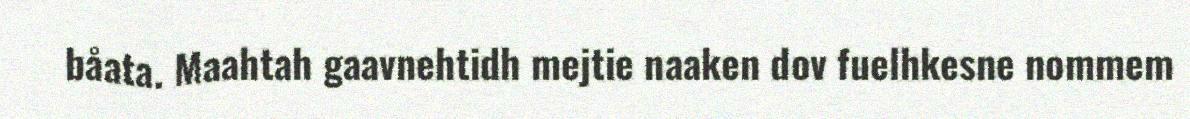
båata. Maahtah gaavnehtidh mejtie naaken dov fuelhkesne nommem